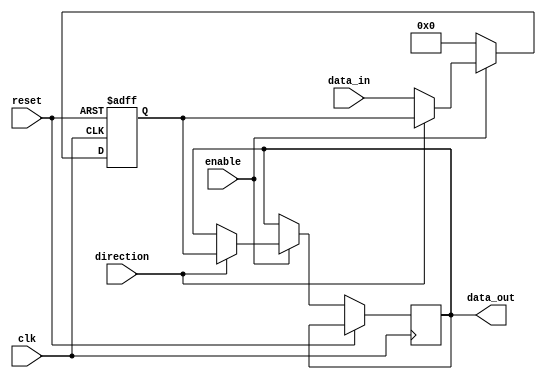
module IO_Buffer (
    input wire clk,
    input wire reset,
    input wire enable,
    input wire direction,
    input wire [7:0] data_in,
    output reg [7:0] data_out
);

reg [7:0] buffer_reg;

always @(posedge clk or posedge reset) begin
    if (reset) begin
        buffer_reg <= 8'h00;
    end else begin
        if (enable) begin
            if (direction) begin
                data_out <= buffer_reg;
            end else begin
                buffer_reg <= data_in;
            end
        end
        else begin
            buffer_reg <= 8'h00;
        end
    end
end

endmodule